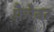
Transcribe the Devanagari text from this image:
फ़ैरेवर